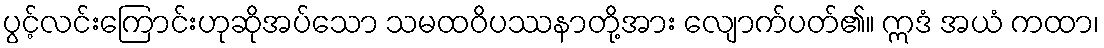
ပွင့်လင်းကြောင်းဟုဆိုအပ်သော သမထဝိပဿနာတို့အား လျောက်ပတ်၏။ ဣဒံ အယံ ကထာ၊